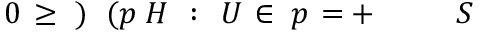
S \! \! \! \! \! \! \! \! \! \! \! \! ^ { \! } \! \! \! \! \! \! \! \! \! \! \! + \! \! \! \! \! \! \! \! \! \! \! \! = \! \! \! \! \! \! \! \! \! \! \! \! { p \! \! \! \! \! \! \! \! \! \! \! \! \in \! \! \! \! \! \! \! \! \! \! \! \! U \! \! \! \! \! \! \! \! \! \! \! \! : \! \! \! \! \! \! \! \! \! \! \! \! H \! \! \! \! \! \! \! \! \! \! \! \! ( p \! \! \! \! \! \! \! \! \! \! \! \! ) \! \! \! \! \! \! \! \! \! \! \! \! \geq \! \! \! \! \! \! \! \! \! \! \! \! 0 \! \! \! \! \! \! \! \! \! \! \! \! \! \! \! \! \! \! \! \! \! \! \! \! } \! \! \! \! \! \! \! \! \! \! \!